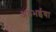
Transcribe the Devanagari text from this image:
अठभईया